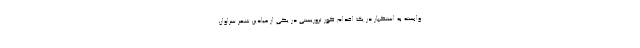
وابسته به استکبار در یک اقدام کور تروریستی در یکی از میادین شهر سراوان